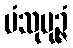
ပံသုပုဉ္ဇံ